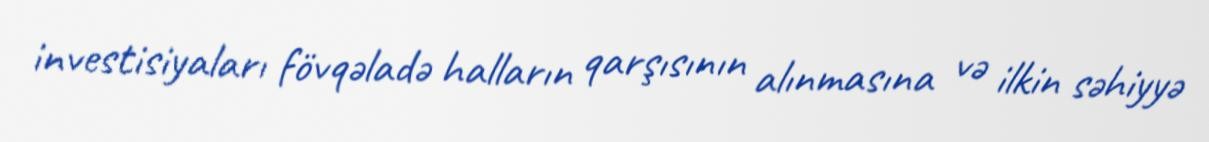
investisiyaları fövqəladə halların qarşısının alınmasına və ilkin səhiyyə